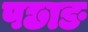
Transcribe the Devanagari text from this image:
पछाङ